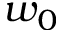
w _ { 0 }